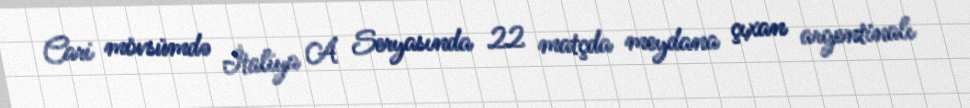
Cari mövsümdə İtaliya A Seryasında 22 matçda meydana çıxan argentinalı